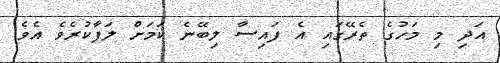
އަދި މި މަހުގެ ތެރޭގައި އެ ފައިސާ ލިބޭނެ ކަމަށް ލަފާކުރެވެ އެވެ.